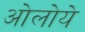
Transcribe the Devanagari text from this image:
ओलोये